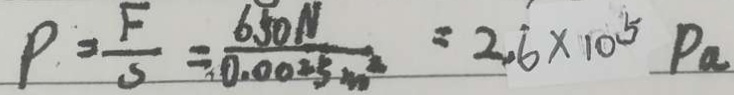
P = \frac { F } { S } = \frac { 6 5 0 N } { 0 . 0 0 2 3 m ^ { 2 } } = 2 . 6 \times 1 0 ^ { 5 } P a